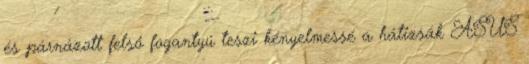
és párnázott felső fogantyú teszi kényelmessé a hátizsák ASUS